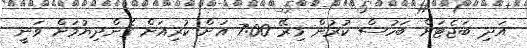
އަދި ބަޖެޓަށް ބަހުސް ކުރުން މިރޭ 7:00 އަށް ކުރިއަށް ގެންދިޔުމަށް ވަނީ